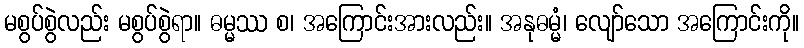
မစွပ်စွဲလည်း မစွပ်စွဲရာ။ ဓမ္မဿ စ၊ အကြောင်းအားလည်း။ အနုဓမ္မံ၊ လျော်သော အကြောင်းကို။